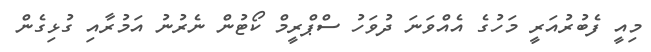
މިއީ ފެބުރުއަރީ މަހުގެ އެއްވަނަ ދުވަހު ސްޕްރީމް ކޯޓުން ނެރުނު އަމުރާއި ގުޅިގެން